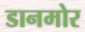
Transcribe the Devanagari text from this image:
डानमोर